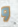
و